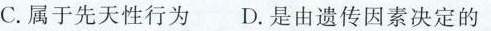
C.属于先天性行为 D.是由遗传因素决定的